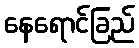
နေရောင်ခြည်